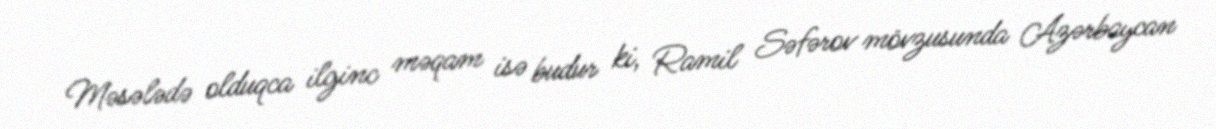
Məsələdə olduqca ilginc məqam isə budur ki, Ramil Səfərov mövzusunda Azərbaycan